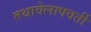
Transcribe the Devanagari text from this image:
तथावेलापवर्ती